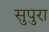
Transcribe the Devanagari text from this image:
सुपुरा